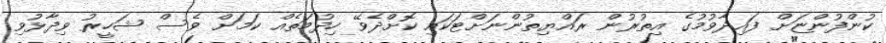
ކުންފުންޏަށް ފައިދާވުމުގެ އިތުރުން ރައްޔިތުންނަށްޓަކައި ކޮށްދެެވޭ ހިދުމަތެއް ކަމަށް ވެސް ޝަހީރު ވިދާޅުވި